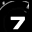
Digit: 7